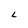
Character: L